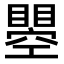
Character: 瞾